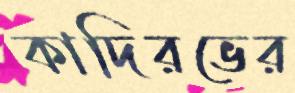
কাদিরভের